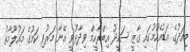
މިއަދުގެ އަޑުއެހުމުގައި ގާޒީ ސައީދު އިބްރާހީމް ވިދާޅުވީ އޭނާ މަރުވި ކަމުގެ މައުލޫމާތު